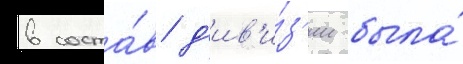
в соста́в д'ив'и́з'ии была́